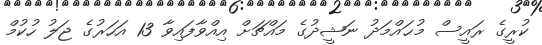
ކުރީގެ ރައީސް މުޙައްމަދު ނަޝީދުގެ މައްޗަށް އިއްވާފައިވާ 13 އަހަރުގެ ޖަލު ހުކުމް